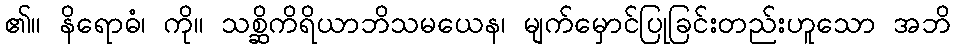
၏။ နိရောဓံ၊ ကို။ သစ္ဆိကိရိယာဘိသမယေန၊ မျက်မှောင်ပြုခြင်းတည်းဟူသော အဘိ